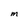
Character: m